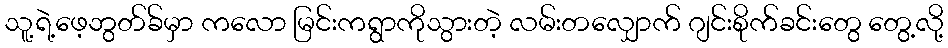
သူ့ရဲ့ဖေ့ဘွတ်ခ်မှာ ကလော မြင်းကရွာကိုသွားတဲ့ လမ်းတလျှောက် ဂျင်းစိုက်ခင်းတွေ တွေ့လို့